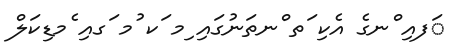
ަފއި ްނގެ އެކި ަތ ްނތަނުގައި ިމ ަކ ުމ ަގއި ެމޑިކަލް